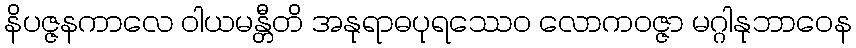
နိပဇ္ဇနကာလေ ဝါယမန္တီတိ အနုရာဓပုရဿေဝ လောကဝဇ္ဇာ မဂ္ဂါနုဘာဝေန